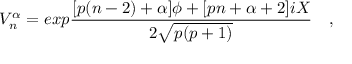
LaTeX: V _ { n } ^ { \alpha } = e x p { \frac { [ p ( n - 2 ) + \alpha ] \phi + [ p n + \alpha + 2 ] i X } { 2 \sqrt { p ( p + 1 ) } } } \quad ,